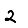
Digit: 2